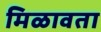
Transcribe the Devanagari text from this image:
मिळावता